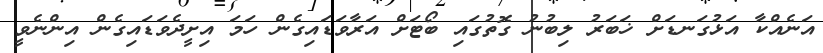
އަނެއްކާ އަޅުގަނޑަށް ޚަބަރު ލިބުނު ގޮތުގައި ބޯޓަށް އަރާވަޑައިގެން ހަމަ އިށީދެވަޑައިގެން އިންނެވީ